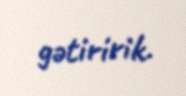
gətiririk.